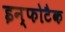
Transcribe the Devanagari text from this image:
इन्फोटैक